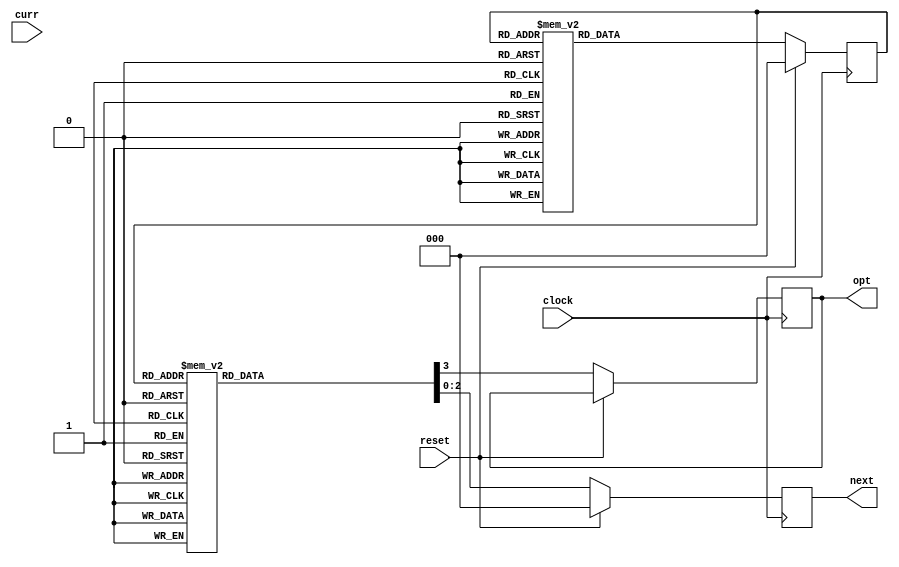
module fsm_using_always (
clock , // clock
reset , // Active high, syn reset
curr , // Request 0
next ,
opt // Request 1
);
input clock,reset;
input [2:0] curr;
output reg [2:0] next;
output reg [0:0] opt;
parameter S0 = 3'b000, S1 = 3'b001, S2 = 3'b011, S3 = 3'b010, S4 = 3'b110, S5 = 3'b111, S6 = 3'b101, S7 = 3'b100;
//-------------Internal Variables---------------------------
reg [2:0] state;// Seq part of the FSM
reg [2:0] next_state ;// combo part of FSM

//----------Code startes Here------------------------
always @ (state or curr)
begin : FSM_COMBO
next_state = 3'b000;
case(state)
S0 : next_state = S1;
S1 : next_state = S2;
S2 : next_state = S3;
S3 : next_state = S4;
S4 : next_state = S5;
S5 : next_state = S6;
S6 : next_state = S7;
S7 : next_state = S0;
default : next_state = curr;
endcase
end
//----------Seq Logic-----------------------------
always @ (posedge clock)
begin : FSM_SEQ
if (reset == 1'b1) begin
state <= #1 S0;
end else begin
state <= #1 next_state;
end
end
//----------Output Logic-----------------------------
always @ (posedge clock)
begin : OUTPUT_LOGIC
if (reset == 1'b1) begin
next <= #1 S0;
end
else begin
case(state)
S0 : begin
next <= #1 S0;
opt  <= #1 1;
end
S1 : begin
next <= #1 S1;
opt  <= #1 0;
end
S2 : begin
next <= #1 S2;
opt  <= #1 0;
end
S3 : begin
next <= #1 S3;
opt  <= #1 0;
end
S4 : begin
next <= #1 S4;
opt  <= #1 0;
end
S5 : begin
next <= #1 S5;
opt  <= #1 0;
end
S6 : begin
next <= #1 S6;
opt  <= #1 0;
end
S7 : begin
next <= #1 S7;
opt  <= #1 0;
end
default : begin
next = curr;
if(curr==S0) begin opt  <= #1 1; end
else begin opt  <= #1 0; end;
end
endcase
end
end // End Of Block OUTPUT_LOGIC
endmodule // End of Module arbiter